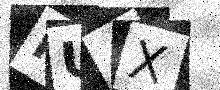
Text: MU4X